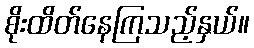
စိုးထိတ်နေကြသည့်နှယ်။